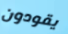
يقودون